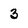
Character: 3